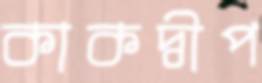
কাকদ্বীপ